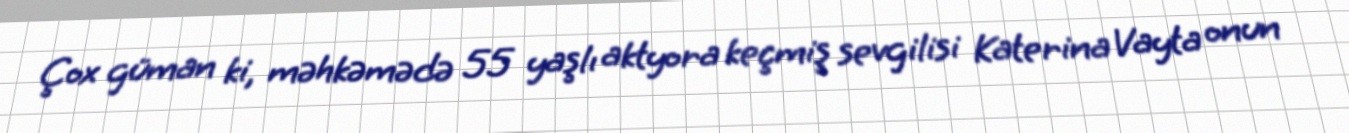
Çox güman ki, məhkəmədə 55 yaşlı aktyora keçmiş sevgilisi Katerina Vayta onun